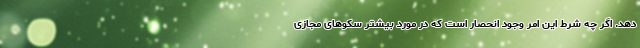
دهد. اگر چه شرط این امر وجود انحصار است که در مورد بیشتر سکوهای مجازی